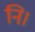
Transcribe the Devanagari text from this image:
नि।